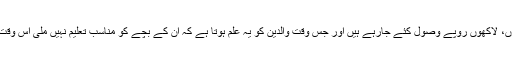
ناقص تعلیم کے بدلے لوگوں سے ہزاروں، لاکھوں روپے وصول کئے جارہے ہیں اور جس وقت والدین کو یہ علم ہوتا ہے کہ ان کے بچے کو مناسب تعلیم نہیں ملی اس وقت تک چڑیاں کھیت چگ چکی ہوتی ہیں۔